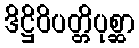
ဒိဋ္ဌိဝိပတ္တိပုစ္ဆာ